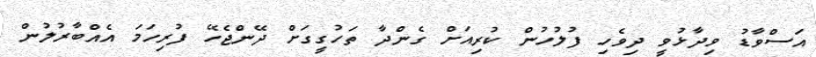
އަސްވާޑު ވިދާޅުވީ ދިވެހި ފުލުހުން ކުރިއަށް ގެންދާ ތަހުގީގަށް ދޭންޖެހޭ ފުރިހަމަ އެއްބާރުލުން